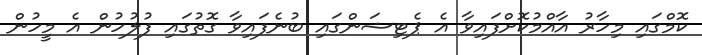
ކޮމްގައި މިހާރު އާއްމުކޮށްފައިވާ އެ ޕެޓިޝަންގައި ބުނެފައިވާ ގޮތުގައި ފުލުހުން އެ މީހުން